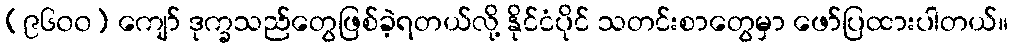
(၉၆၀၀) ကျော် ဒုက္ခသည်တွေဖြစ်ခဲ့ရတယ်လို့ နိုင်ငံပိုင် သတင်းစာတွေမှာ ဖော်ပြထားပါတယ်။